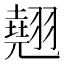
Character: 翹